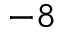
^ { - 8 }